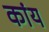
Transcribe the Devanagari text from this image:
कांय